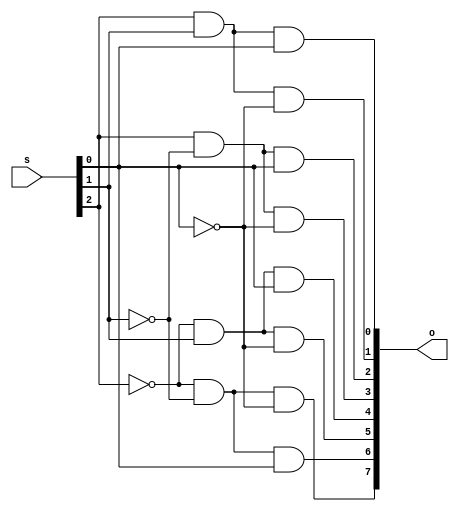
module decoderMod(s, o);
    input [2:0] s;
    output [0:7] o;
    wire [2:0] inv_s;

    not(inv_s[2], s[2]);
    not(inv_s[1], s[1]);
    not(inv_s[0], s[0]);

    and(o[0], inv_s[2], inv_s[1], inv_s[0]);
    and(o[1], inv_s[2], inv_s[1], s[0]);
    and(o[2], inv_s[2], s[1], inv_s[0]);
    and(o[3], inv_s[2], s[1], s[0]);
    and(o[4], s[2], inv_s[1], inv_s[0]);
    and(o[5], s[2], inv_s[1], s[0]);
    and(o[6], s[2], s[1], inv_s[0]);
    and(o[7], s[2], s[1], s[0]);
endmodule